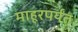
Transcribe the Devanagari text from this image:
माहूरपर्यंत